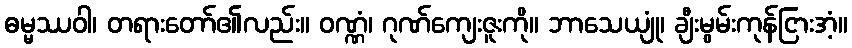
ဓမ္မဿဝါ၊ တရားတော်၏လည်း။ ဝဏ္ဏံ၊ ဂုဏ်ကျေးဇူးကို။ ဘာသေယျုံ၊ ချီးမွမ်းကုန်ငြားအံ့။